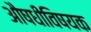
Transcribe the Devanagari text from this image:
औषधीविषयक